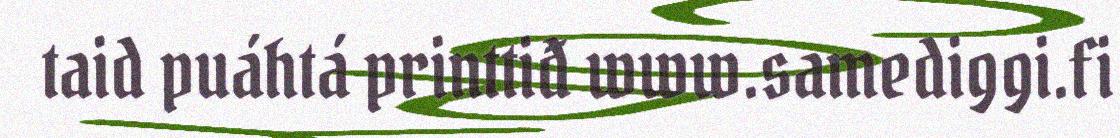
taid puáhtá printtiđ www.samediggi.fi